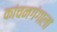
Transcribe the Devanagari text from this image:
कांचनगंगाला